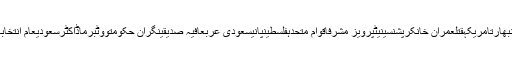
کراچیالیکشناسمبلیسندھپاکستانبھارتامریکہقتلعمران خانکرپشنسینیٹپرویز مشرفاقوام متحدہفلسطینپانیسعودی عربعافیہ صدیقینگران حکومتووٹبرماڈاکٹرسعودیعام انتخابات 2018متحدہ مجلس عمل